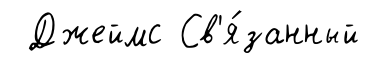
Джеймс Св'я́занный